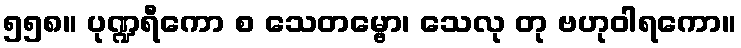
၅၅၈။ ပုဏ္ဍရီကော စ သေတမ္ဗော၊ သေလု တု ဗဟုဝါရကော။